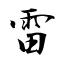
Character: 雷